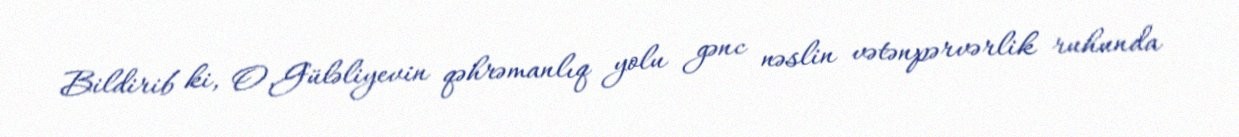
Bildirib ki, O.Güləliyevin qəhrəmanlıq yolu gənc nəslin vətənpərvərlik ruhunda